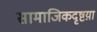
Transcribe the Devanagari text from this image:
सामाजिकदृष्टय़ा